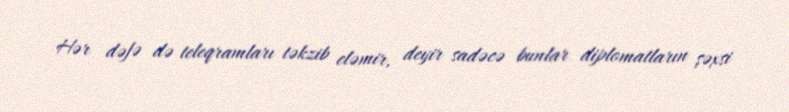
Hər dəfə də teleqramları təkzib eləmir, deyir sadəcə bunlar diplomatların şəxsi